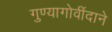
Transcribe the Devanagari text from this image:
गुण्यागोवींदाने